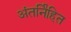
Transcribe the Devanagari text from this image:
अंतर्नि॑हित